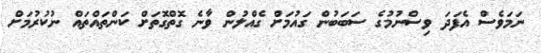
ނަމަވެސް އެފަދަ ވިސްނުމުގެ ސަބަބުން ގައުމަށް ގެއްލުން ވާނެ ގޮތްގޮތަށް ކަންތައްތައް ނުކުރުމަށް